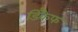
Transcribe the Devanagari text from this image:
डिकैफ